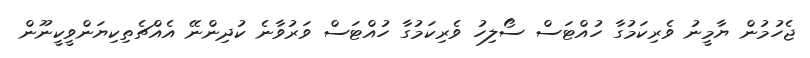
ޖެހުމުން ޔާމީނު ވެރިކަމުގާ ހުއްޓަސް ސޯލިހު ވެރިކަމުގާ ހުއްޓަސް ވަރުވާނެ ކުދިންނޭ އެއްޗެތިކިޔަންވީކީނޫން